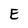
Character: E